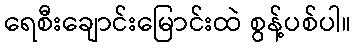
ရေစီးချောင်းမြောင်းထဲ စွန့်ပစ်ပါ။